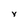
Character: y